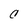
Character: C